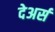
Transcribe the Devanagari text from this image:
देअर्स